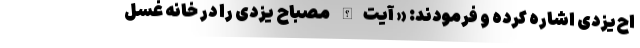
اح‌یزدی اشاره کرده و فرمودند: « آیت‌الله مصباح یزدی را در خانه غسل